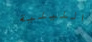
الليلية